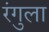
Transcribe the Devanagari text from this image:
रंगुला